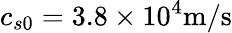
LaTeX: c_{s0}=3.8\times 10^{4}\textrm{m/s}